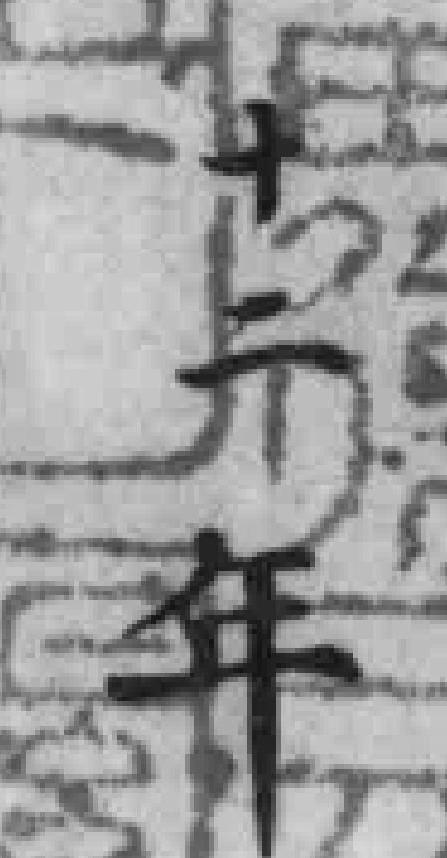
十二年